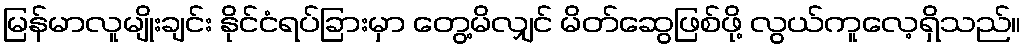
မြန်မာလူမျိုးချင်း နိုင်ငံရပ်ခြားမှာ တွေ့မိလျှင် မိတ်ဆွေဖြစ်ဖို့ လွယ်ကူလေ့ရှိသည်။